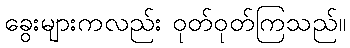
ခွေးများကလည်း ဝုတ်ဝုတ်ကြသည်။